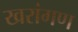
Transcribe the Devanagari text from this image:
खरांगण